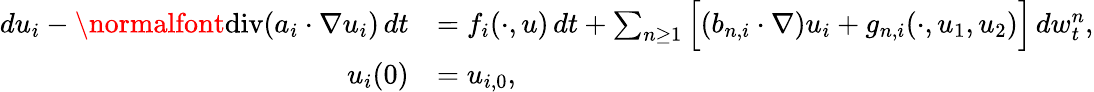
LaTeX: \begin{array}{rl}{du_{i}-\normalfont{\mathrm{div}}(a_{i}\cdot\nabla u_{i})\, dt}&{=f_{i}(\cdot,u)\, dt+\sum_{n\geq 1}\Big[(b_{n,i}\cdot\nabla)u_{i}+g_{n,i}(\cdot,u_{1},u_{2})\Big]\, dw_{t}^{n},}\\ {u_{i}(0)}&{=u_{i,0},}\end{array}